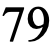
79